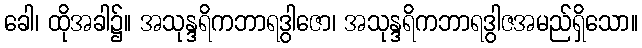
ခေါ၊ ထိုအခါ၌။ အသုန္ဒရိကဘာရဒွါဇော၊ အသုန္ဒရိကဘာရဒွါဇအမည်ရှိသော။